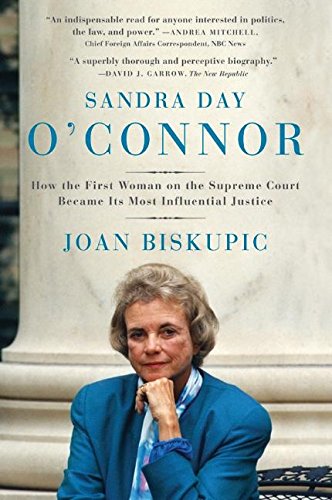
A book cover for Sandra Day O'Connor: How the First Woman on the Supreme Court Became Its Most Influential Justice; Joan Biskupic; Law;